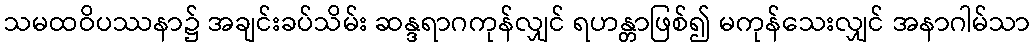
သမထဝိပဿနာ၌ အချင်းခပ်သိမ်း ဆန္ဒရာဂကုန်လျှင် ရဟန္တာဖြစ်၍ မကုန်သေးလျှင် အနာဂါမ်သာ